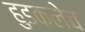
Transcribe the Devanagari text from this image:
हुडकलेच